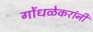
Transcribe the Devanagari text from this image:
गोंधळेकरांनी